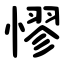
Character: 憀